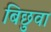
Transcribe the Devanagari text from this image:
बिछुवा